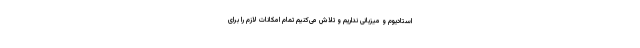
استادیوم و میزبانی نداریم و تلاش می‌کنیم تمام امکانات لازم را برای